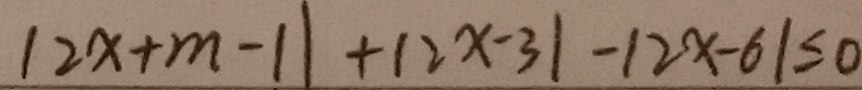
1 2 x + m - 1 1 + 1 2 x - 3 1 - 1 2 x - 6 1 \leq 0